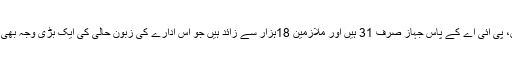
لیکن، پی آئی اے کے پاس جہاز صرف 31 ہیں اور ملازمین 18ہزار سے زائد ہیں جو اس ادارے کی زبون حالی کی ایک بڑی وجہ بھی ہے۔